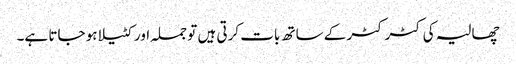
چھالیہ کی کٹر کٹر کے ساتھ بات کرتی ہیں تو جملہ اور کٹیلا ہو جاتا ہے۔